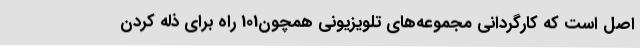
اصل است که کارگردانی مجموعه‌های تلویزیونی همچون101 راه برای ذله کردن